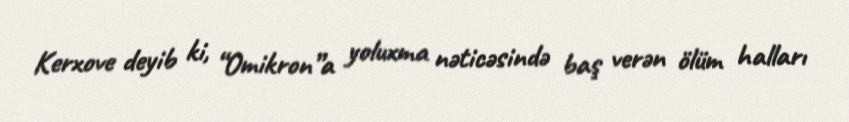
Kerxove deyib ki, “Omikron”a yoluxma nəticəsində baş verən ölüm halları